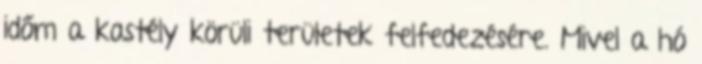
időm a kastély körüli területek felfedezésére. Mivel a hó